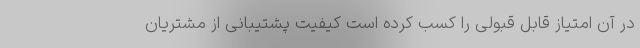
در آن امتیاز قابل قبولی را کسب کرده است کیفیت پشتیبانی از مشتریان